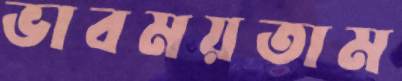
ভাবময়তাম